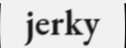
jerky